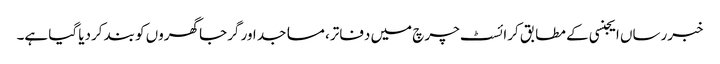
خبررساں ایجنسی کے مطابق کرائسٹ چرچ میں دفاتر، مساجد اور گرجا گھروں کو بند کردیا گیا ہے۔